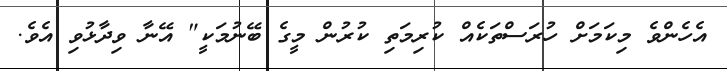
އެހެންވެ މިކަމަށް ހުރަސްތަކެއް ކުރިމަތި ކުރުން މީގެ ބޭނުމަކީ" އޭނާ ވިދާޅުވި އެވެ.